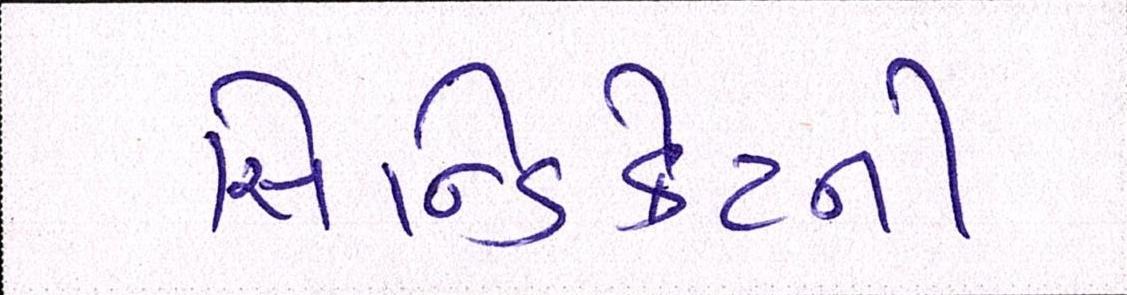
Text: સિન્ડિકેટની